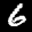
Label: 6